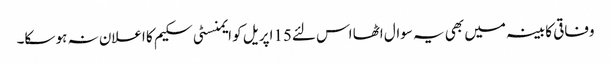
وفاقی کابینہ میں بھی یہ سوال اٹھا اس لئے15اپریل کو ایمنسٹی سکیم کا اعلان نہ ہو سکا۔